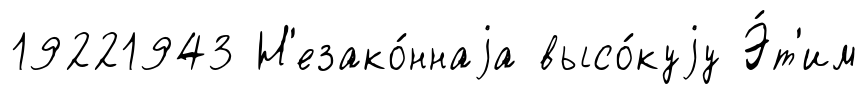
19221943 Н'езако́ннаjа высо́куjу Э́т'им